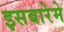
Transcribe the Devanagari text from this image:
इसबारेमे